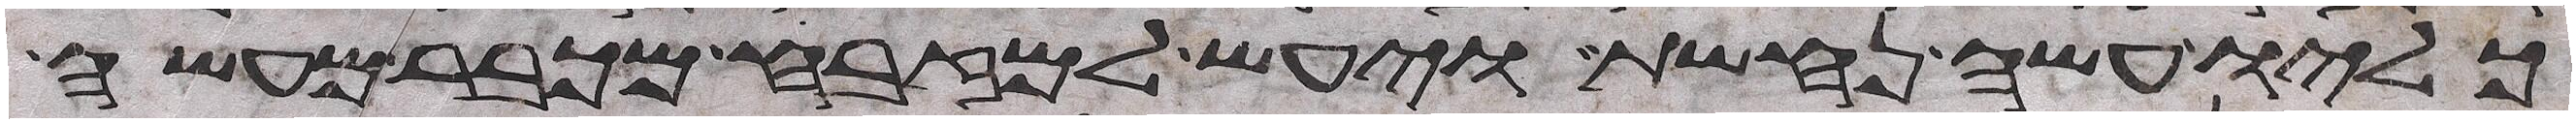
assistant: כליו עשה נחשת ויעש למזבח מכבר מעשה